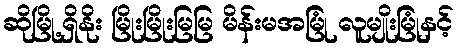
ဆိုမြို့ရှိနိုး မြိုးမြိုးမြမြ မိန်းမအမြုံ လူမျိုးမြုံနှင့်